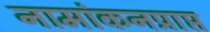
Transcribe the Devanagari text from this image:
नामांकनप्राप्त